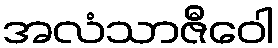
အလံသာဇီဝေါ